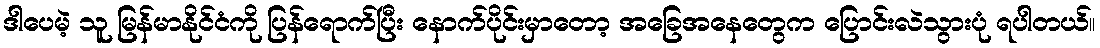
ဒါပေမဲ့ သူ မြန်မာနိုင်ငံကို ပြန်ရောက်ပြီး နောက်ပိုင်းမှာတော့ အခြေအနေတွေက ပြောင်းလဲသွားပုံ ရပါတယ်။